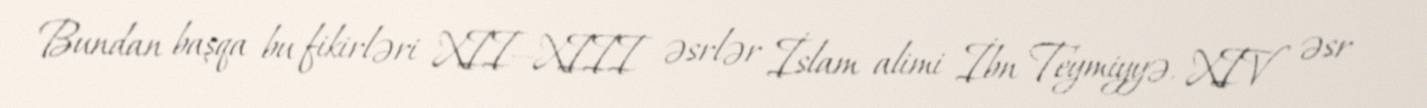
Bundan başqa bu fikirləri XII—XIII əsrlər İslam alimi İbn Teymiyyə, XIV əsr